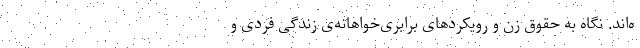
ه‌اند. نگاه به حقوق زن و رویکردهای برابری‌خواهانه‌ی زندگی فردی و